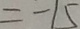
= - 1 5